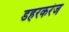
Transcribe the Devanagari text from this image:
डहरकरंज